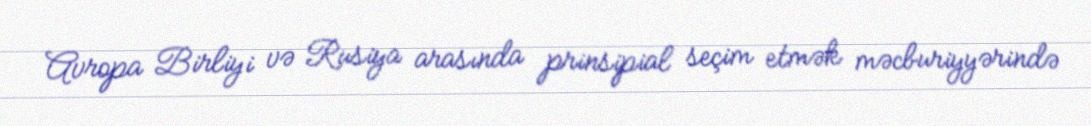
Avropa Birliyi və Rusiya arasında prinsipial seçim etmək məcburiyyərində